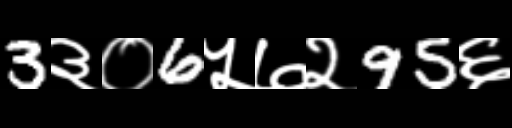
Text: 3३०6५७२95६